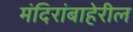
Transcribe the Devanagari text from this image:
मंदिरांबाहेरील